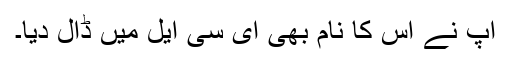
آپ نے اس کا نام بھی ای سی ایل میں ڈال دیا۔